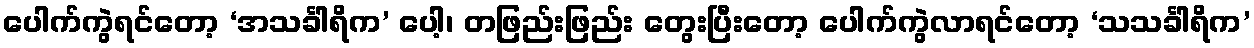
ပေါက်ကွဲရင်တော့ ‘အသင်္ခါရိက’ ပေါ့၊ တဖြည်းဖြည်း တွေးပြီးတော့ ပေါက်ကွဲလာရင်တော့ ‘သသင်္ခါရိက’